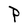
Character: P